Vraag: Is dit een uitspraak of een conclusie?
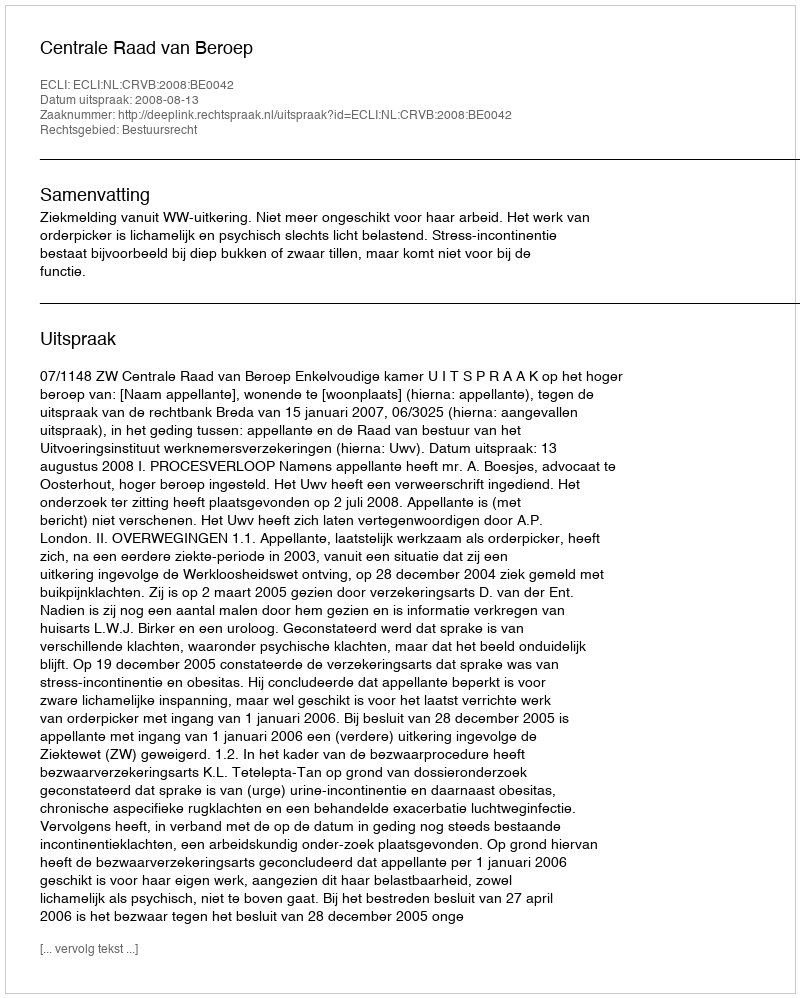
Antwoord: Uitspraak